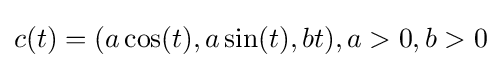
c(t)=(a\cos(t),a\sin(t),bt),a>0,b>0